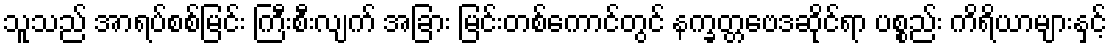
သူသည် အာရပ်စစ်မြင်း ကြီးစီးလျက် အခြား မြင်းတစ်ကောင်တွင် နက္ခတ္တဗေဒဆိုင်ရာ ပစ္စည်း ကိရိယာများနှင့်